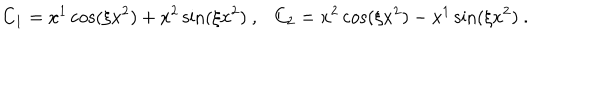
LaTeX: C _ { 1 } = x ^ { 1 } \cos ( \xi x ^ { 2 } ) + x ^ { 2 } \sin ( \xi x ^ { 2 } ) \ , \ \ \ C _ { 2 } = x ^ { 2 } \cos ( \xi x ^ { 2 } ) - x ^ { 1 } \sin ( \xi x ^ { 2 } ) \ .